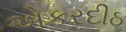
એકરદીઠ